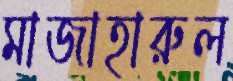
মাজাহারুল